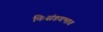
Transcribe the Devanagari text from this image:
निःसंङगभाव